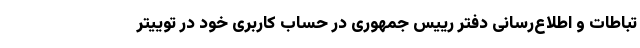
تباطات و اطلاع‌رسانی دفتر رییس جمهوری در حساب کاربری خود در توییتر